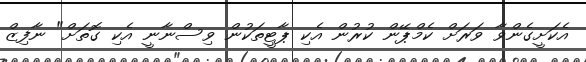
އެކަށީގެންވާ ވަރަށް ކެމްޕޭން ކުރުން އެކި ޕާޓީތަކުން ވިސްނާނީ އެކި ގޮތަށް" ނާފިޒް